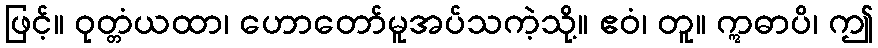
ဖြင့်။ ဝုတ္တံယထာ၊ ဟောတော်မူအပ်သကဲ့သို့။ ဧဝံ၊ တူ။ ဣဓာပိ၊ ဤ